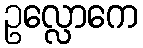
ဥလ္လောကေ